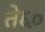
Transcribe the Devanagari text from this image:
ते६०